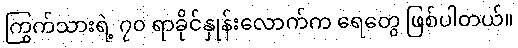
ကြွက်သားရဲ့ ၇၀ ရာခိုင်နှုန်းလောက်က ရေတွေ ဖြစ်ပါတယ်။